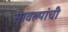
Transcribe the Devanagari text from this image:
सावल्यांची